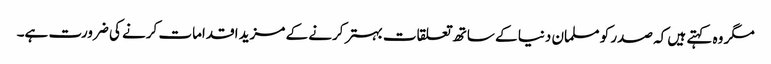
مگر وہ کہتے ہیں کہ صدر کو مسلمان دنیا کے ساتھ تعلقات بہتر کرنے کے مزید اقدامات کرنے کی ضرورت ہے۔